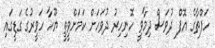
ހަފްތާގެ އޮފް ދުވަސް ދިމާވީ ހޮނިހިރު ދުވަހަށް ކަމަށްވީތީ ޔޫހާ ހަވީރުގެ ގަޑީގައި